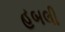
હબલી